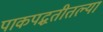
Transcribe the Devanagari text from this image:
पाकपद्धतीतल्या